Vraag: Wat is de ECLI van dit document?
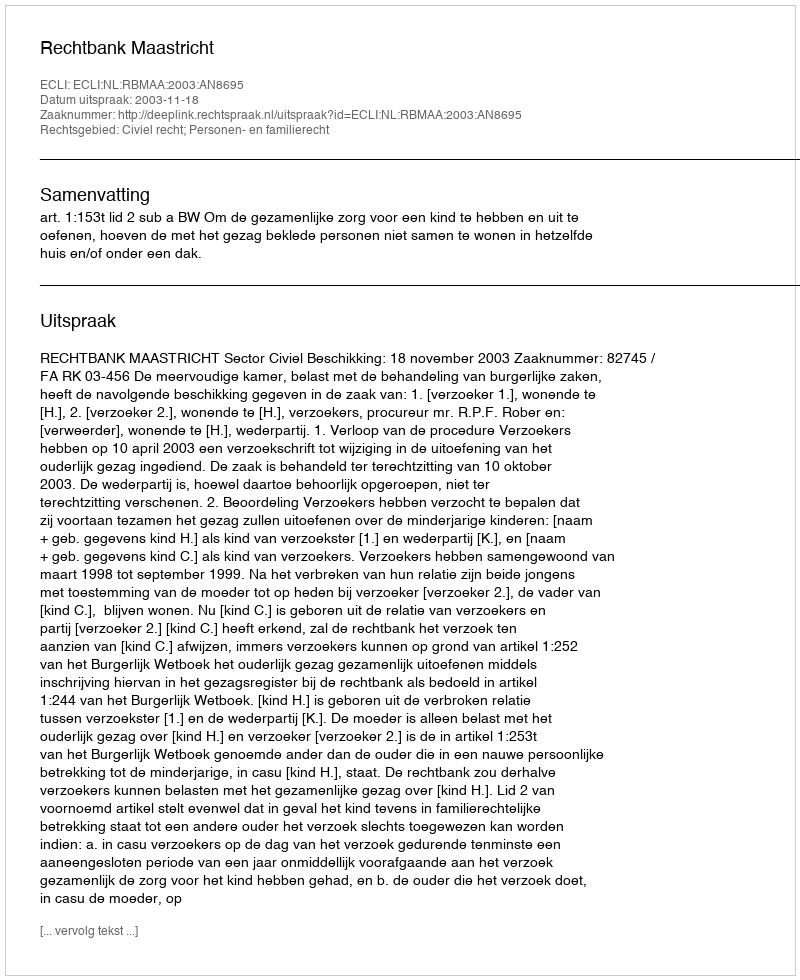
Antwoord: ECLI:NL:RBMAA:2003:AN8695